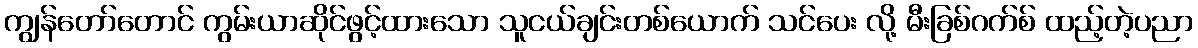
ကျွန်တော်တောင် ကွမ်းယာဆိုင်ဖွင့်ထားသော သူငယ်ချင်းတစ်ယောက် သင်ပေး လို့ မီးခြစ်ဂက်စ် ထည့်တဲ့ပညာ